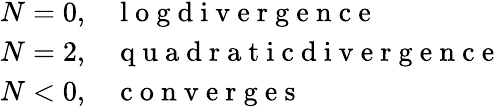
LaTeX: \begin{array}{ll}{N=0,}&{\mathrm{~l~o~g~d~i~v~e~r~g~e~n~c~e~}}\\ {N=2,}&{\mathrm{~q~u~a~d~r~a~t~i~c~d~i~v~e~r~g~e~n~c~e~}}\\ {N<0,}&{\mathrm{~c~o~n~v~e~r~g~e~s~}}\end{array}